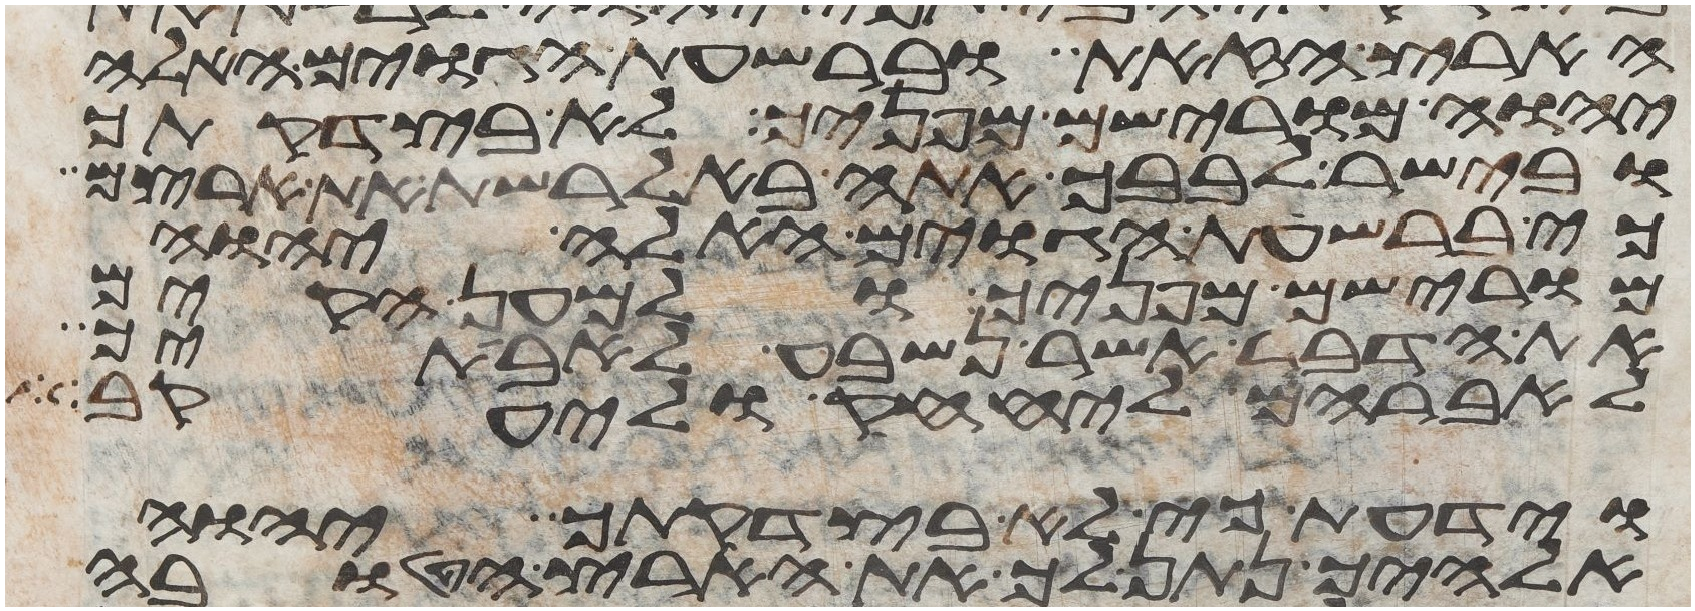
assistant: הארץ הזאת וברשעת הגוים האלה
יהוה מורישם מפניך לא בצדקתך
ובישר לבבך אתה בא לרשת את ארצם
כי ברשעת הגוים האלה יהוה
מורישם מפניך ולמען הקים
את הדבר אשר נשבע לאבתיך
לאברהם ליצחק וליעקב
וידעת כי לא בצדקתך יהוה
אלהיך נתן לך את הארץ הטובה